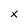
Character: x